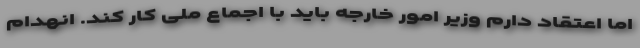
اما اعتقاد دارم وزیر امور خارجه باید با اجماع ملی کار کند. انهدام